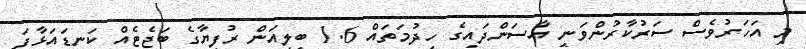
މި އަހަރުވެސް ސަރުކާރުންވަނީ އާސަންދައިގެ ހިދުމަތައް 1.6 ބިލިއަން ރުފިޔާގެ ބަޖެޓެއް ކަނޑައަޅާފަ